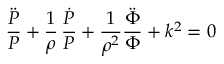
{ \frac { \ddot { P } } { P } } + { \frac { 1 } { \rho } } \, { \frac { \dot { P } } { P } } + { \frac { 1 } { \rho ^ { 2 } } } { \frac { \ddot { \Phi } } { \Phi } } + k ^ { 2 } = 0